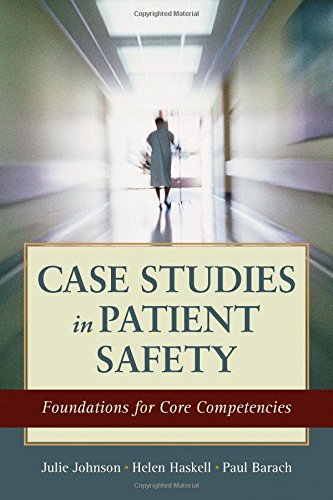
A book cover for Case Studies In Patient Safety: Foundations for Core Competencies; Julie K. Johnson; Medical Books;